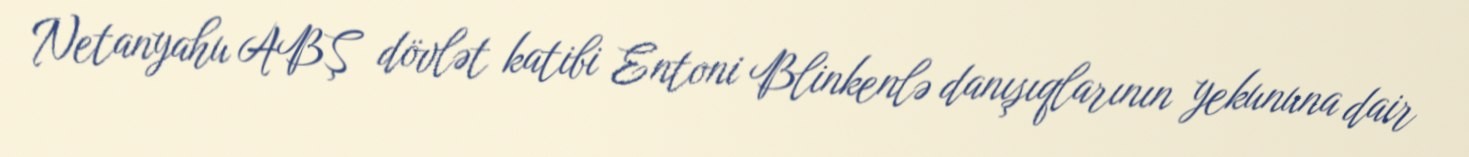
Netanyahu ABŞ dövlət katibi Entoni Blinkenlə danışıqlarının yekununa dair